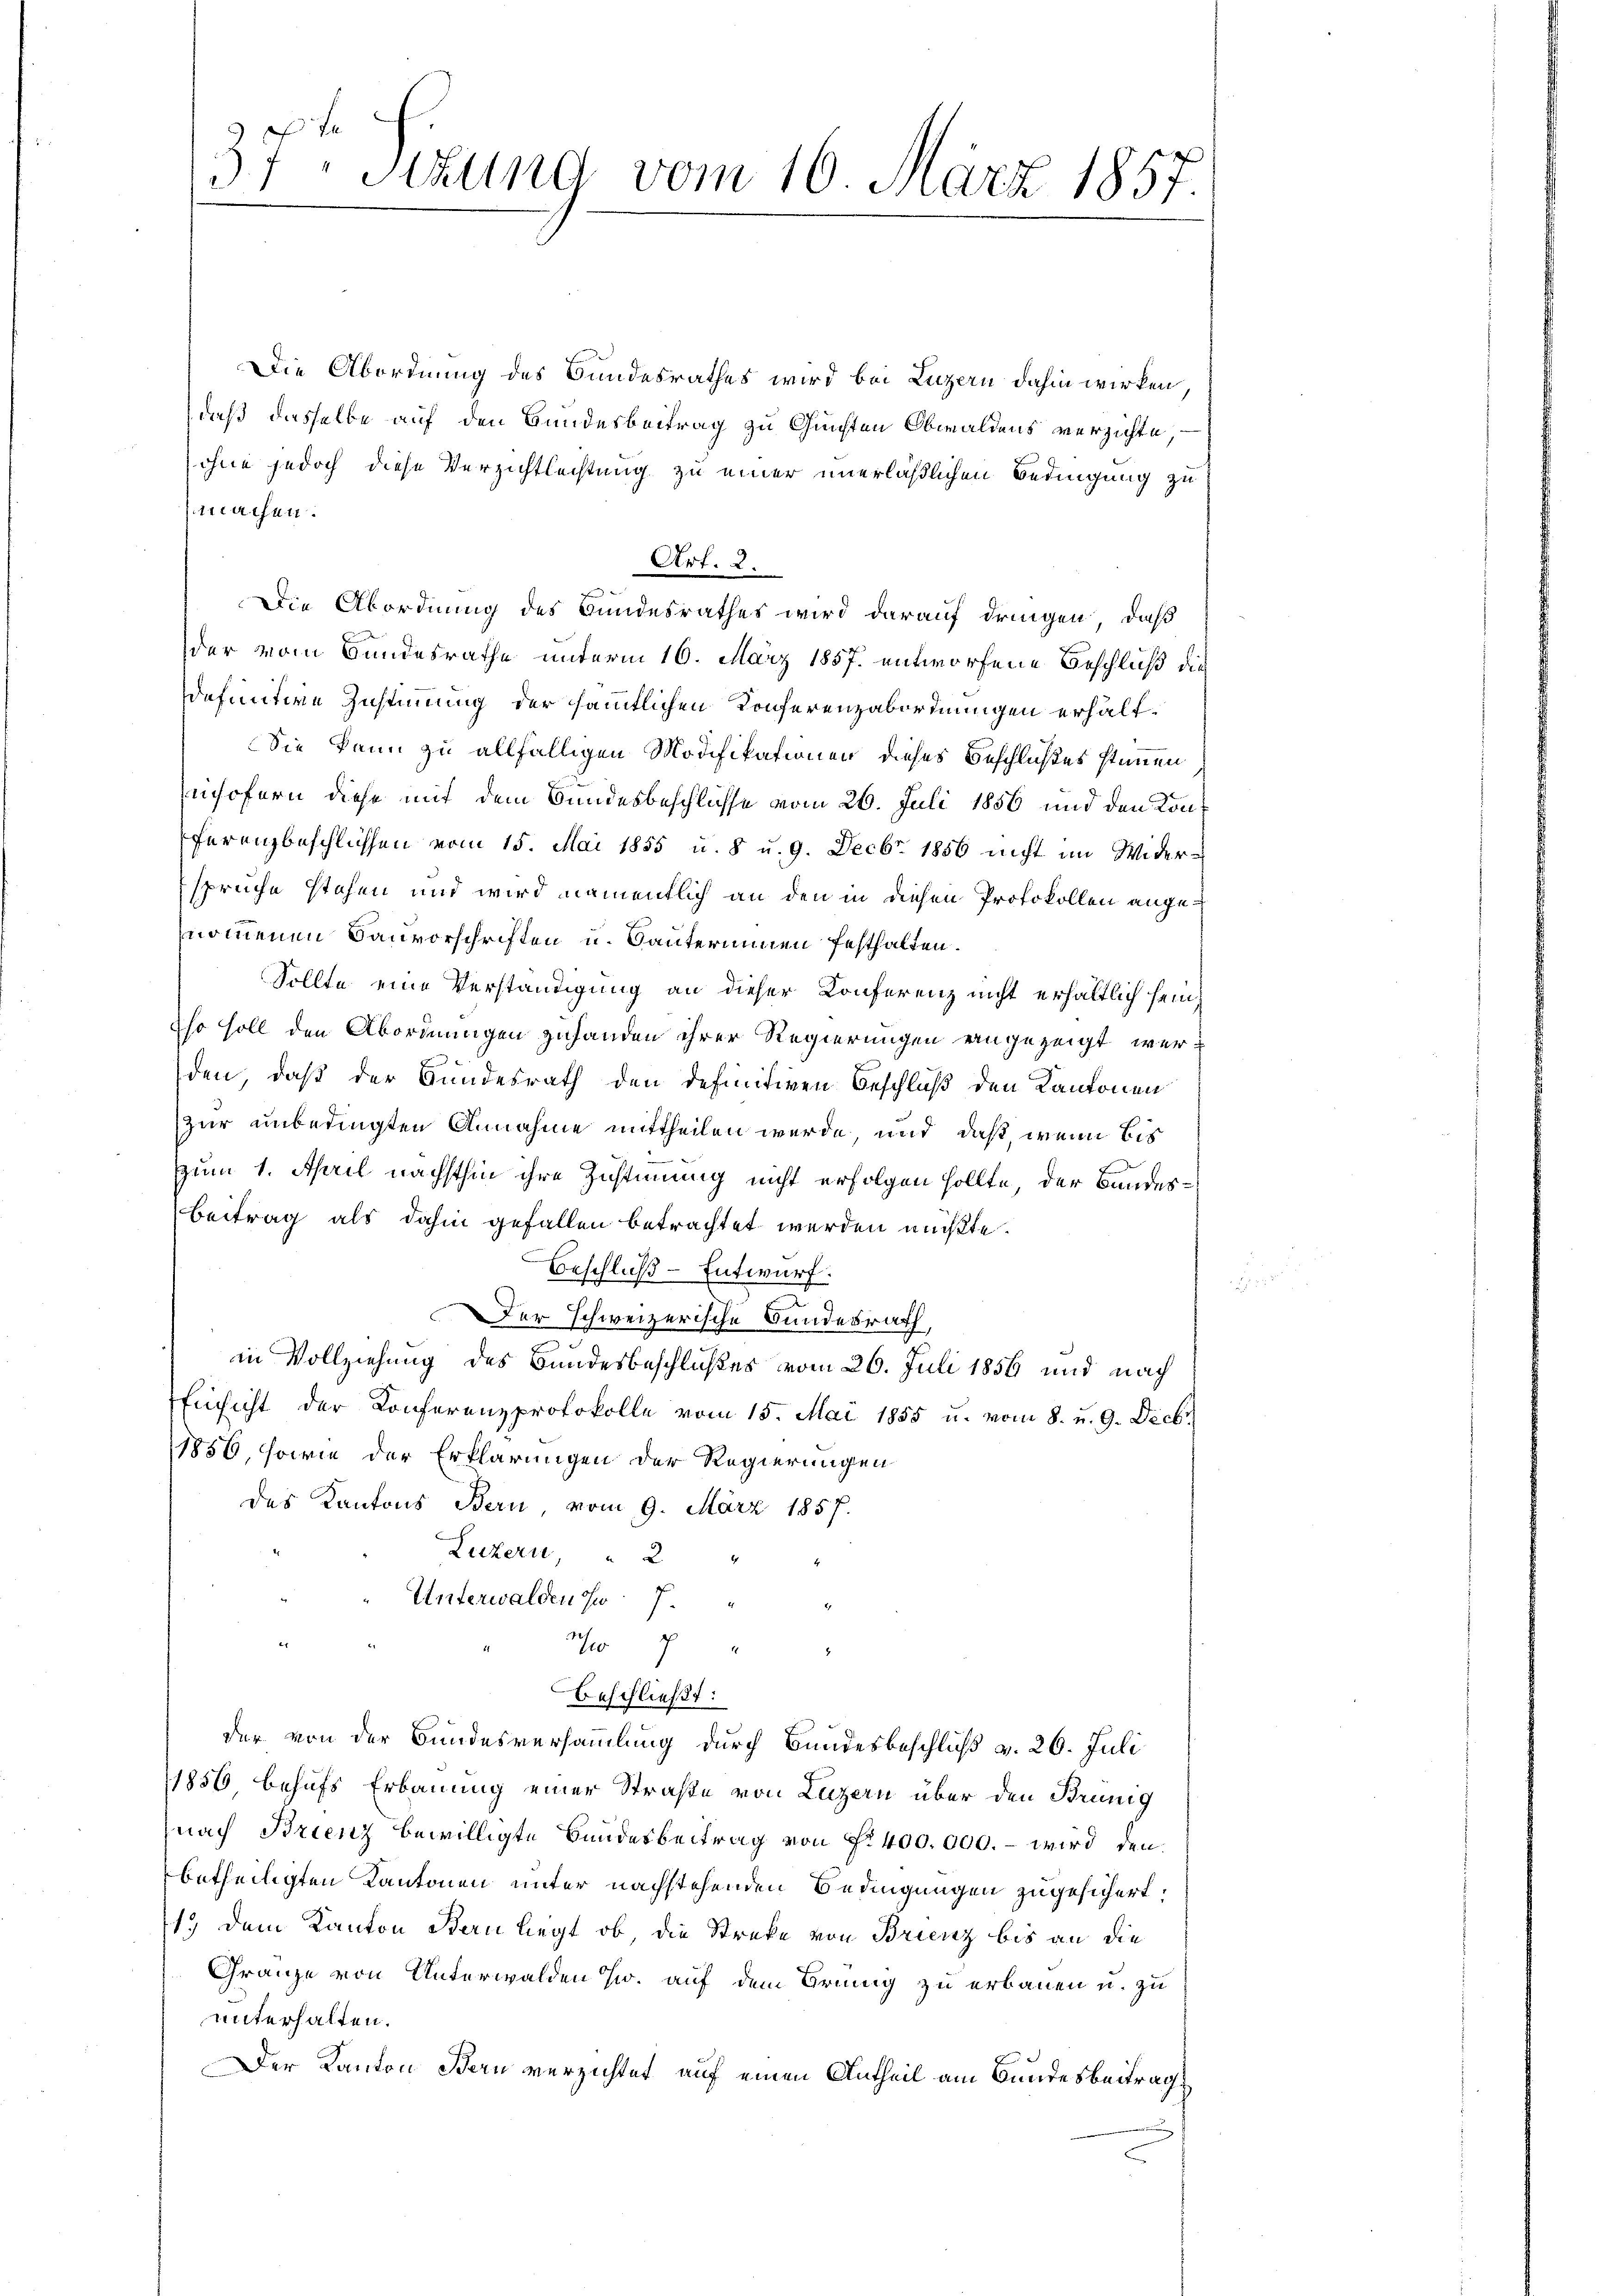
37ten Sizung vom 16. März 1857.

Die Abordnung des Bundesrathes wird bei Luzern dahin wirken
daß dasselbe auf den Bundesbeitrag zu Gunsten Obwaldens verzichte,
ohne jedoch diese Verzichtlechtung zu einer unerläßlichen Bedingung zu
machen.
Die Abordnung des Bundesrathes wird darauf dringen, daß
der vom Bandesrathe unterm 16. März 1857 entworfene Beschluß die
Wefinitive Zustimmung der sämmtlichen Konferenzabordnungen erhält¬
Sie kann zu allfälligen Modifikationen dieses Beschlußes stamen
nshofern diese mit dem Bundesbeschlüsse vom 26. Juli 1856 und den Konferenzbeschlüssen vom 15. Mai 1855 u. 8 u. 9. Decbr. 1856 nicht im Widersprüche stehen und wird namentlich an den in diesen Protokollen angenommenen Sanvorschriften u. Santerinnen festhalten.
Sollte eine Verständigung an dieser Konferenz nicht erhältlich sein,
Eso soll den Abordnungen zuhanden ihrer Regierungen eingezeigt werden, daß der Bundesrath den definitiven Beschluß den Kantonen
Zur unbedingten Annahme mittheilen werde, und daß, wenn bis
Zum 1. April nächsthin ihre Zustimmung nicht erfolgen sollte, der Bandes¬
Beitrag als dahin gefallen betrachtet werden müßte.
Beschluß-Entwurf.
Der schweizerische Bundesrath,
in Vollziehung des Bundesbeschlußes vom 26. Juli 1856 und nach
Einsicht der Konferenzprotokolle vom 15. Mai 1855 u. vom 8. u. 9. Decbr.
1856, sowie der Erklärungen der Regierungen
des Kantons Bern, vom 9. März 1857.
Luzern " 2
Unterwalden zu 7.
107
beschließt:
der von der Bundesversammlung durch Bundesbeschluß v. 26. Juli
1856 behufs Erbauung einer Straße von Luzern über den Brünig
nach Brienz bewilligte Bundesbeitrag von Fr. 400,000. – wird den
betheiligten Kantonen unter nachstehenden Bedingungen zugesichert;
1.) Dem Kanton Stern liegt, ob die Streke von Brienz bis an die
Gränze von Unterwalden w. auf dem Brung zu erbauen u. zu
unterhalten.
Der Kanton Bern verzichtet auf einen Antheil am Bundesbeitrag.

Art. 2.